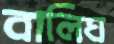
বালিঘ